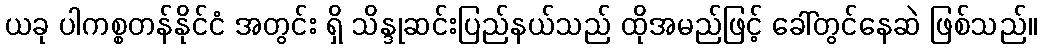
ယခု ပါကစ္စတန်နိုင်ငံ အတွင်း ရှိ သိန္ဒုဆင်းပြည်နယ်သည် ထိုအမည်ဖြင့် ခေါ်တွင်နေဆဲ ဖြစ်သည်။